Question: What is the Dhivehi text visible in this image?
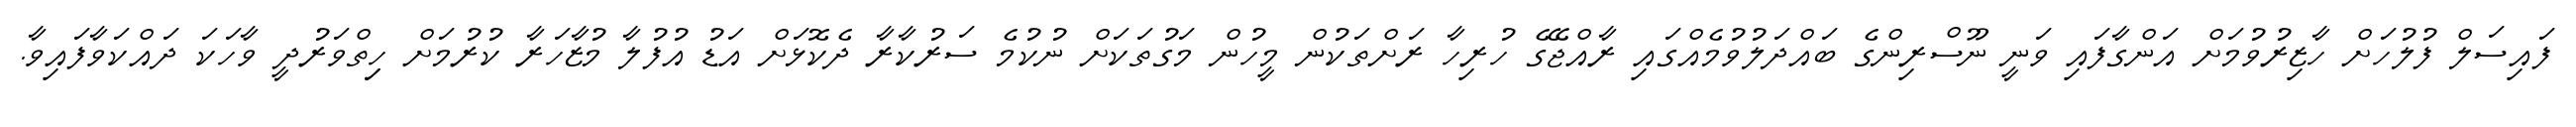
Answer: ފައިސަލް ފުލުހަށް ހާޒިރުވުމަށް އަންގާފައި ވަނީ ނޫސްރިންގެ ބައްދަލުވުމެއްގައި ރާއްޖޭގެ ހުރިހާ ރަށްތަކުން މީހުން މަގުތަކަށް ނުކުމެ ސަރުކާރާ ދެކޮޅަށް އަޑު އުފުލާ މުޒާހަރާ ކުރުމަށް ހިިތްވަރުދީ ވާހަކަ ދައްކަވާފައިވާ.